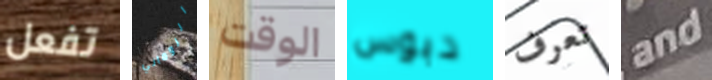
تفعل الروماني الوقت دبوس تعرف and